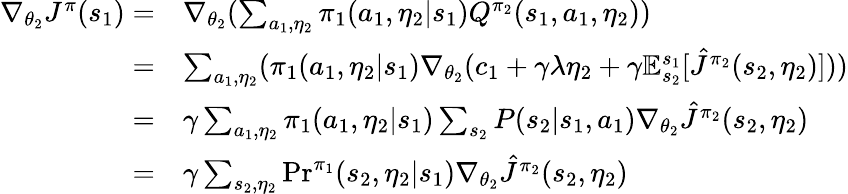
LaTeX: \begin{array}{rl}{\nabla_{\theta_{2}}J^{\pi}(s_{1})=}&{\nabla_{\theta_{2}}(\sum_{a_{1},\eta_{2}}\pi_{1}(a_{1},\eta_{2}|s_{1})Q^{\pi_{2}}(s_{1},a_{1},\eta_{2}))}\\ {=}&{\sum_{a_{1},\eta_{2}}(\pi_{1}(a_{1},\eta_{2}|s_{1})\nabla_{\theta_{2}}(c_{1}+\gamma\lambda\eta_{2}+\gamma\mathbb{E}_{s_{2}}^{s_{1}}[\hat{J}^{\pi_{2}}(s_{2},\eta_{2})]))}\\ {=}&{\gamma\sum_{a_{1},\eta_{2}}\pi_{1}(a_{1},\eta_{2}|s_{1})\sum_{s_{2}}P(s_{2}|s_{1},a_{1})\nabla_{\theta_{2}}\hat{J}^{\pi_{2}}(s_{2},\eta_{2})}\\ {=}&{\gamma\sum_{s_{2},\eta_{2}}\mathrm{Pr}^{\pi_{1}}(s_{2},\eta_{2}|s_{1})\nabla_{\theta_{2}}\hat{J}^{\pi_{2}}(s_{2},\eta_{2})}\end{array}